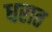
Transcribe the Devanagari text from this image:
धरात